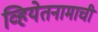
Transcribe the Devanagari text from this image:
व्हियेतनामाची